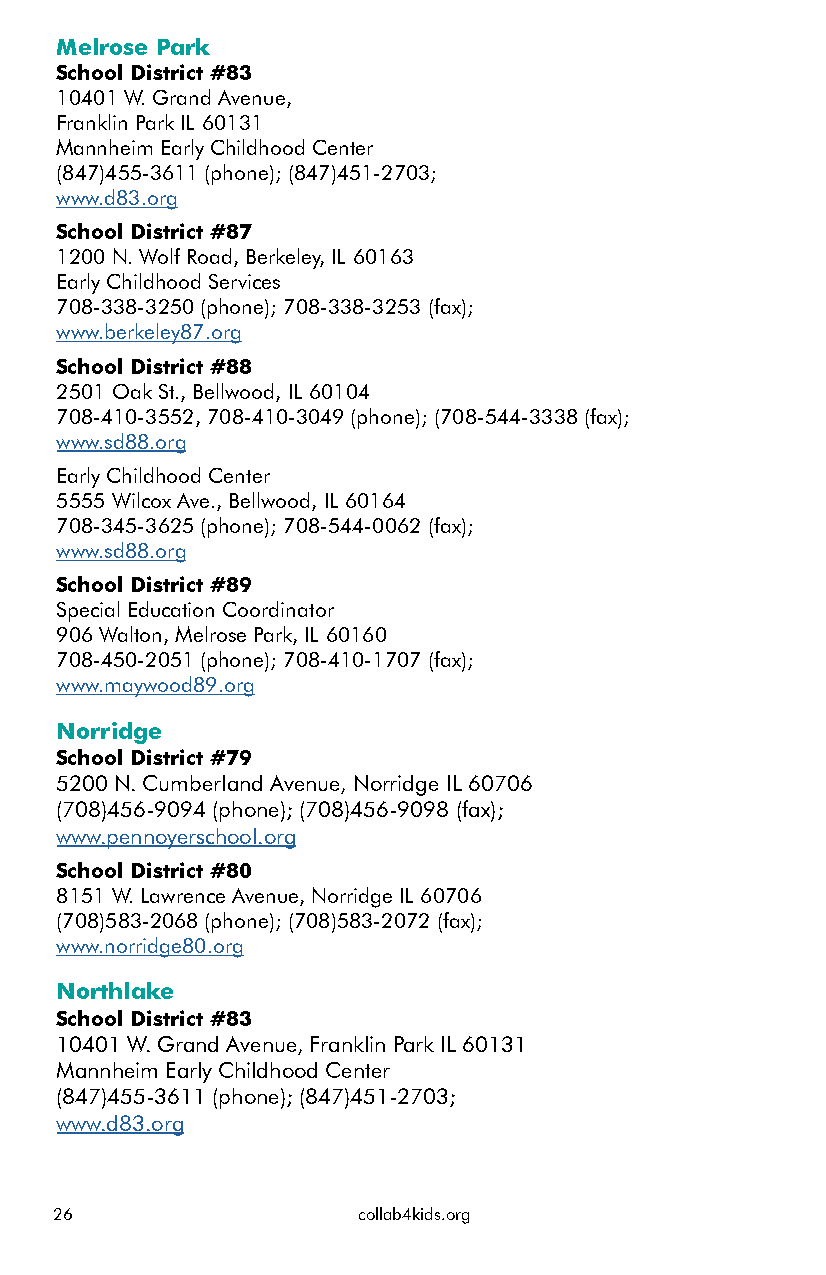
Melrose Park
 School District #83
 10401 W. Grand Avenue,
 Franklin Park IL 60131
 Mannheim Early Childhood Center
 (847)455-3611 (phone); (847)451-2703;
 www.d83.org
 School District #87
 1200 N. Wolf Road, Berkeley, IL 60163
 Early Childhood Services
 708-338-3250 (phone); 708-338-3253 (fax);
 www.berkeley87.org
 School District #88
 2501 Oak St., Bellwood, IL 60104
 708-410-3552, 708-410-3049 (phone); (708-544-3338 (fax);
 www.sd88.org
 Early Childhood Center
 5555 Wilcox Ave., Bellwood, IL 60164
 708-345-3625 (phone); 708-544-0062 (fax);
 www.sd88.org
 School District #89
 Special Education Coordinator
 906 Walton, Melrose Park, IL 60160
 708-450-2051 (phone); 708-410-1707 (fax);
 www.maywood89.org
 Norridge
 School District #79
 5200 N. Cumberland Avenue, Norridge IL 60706
 (708)456-9094 (phone); (708)456-9098 (fax);
 www.pennoyerschool.org
 School District #80
 8151 W. Lawrence Avenue, Norridge IL 60706
 (708)583-2068 (phone); (708)583-2072 (fax);
 www.norridge80.org
 Northlake
 School District #83
 10401 W. Grand Avenue, Franklin Park IL 60131
 Mannheim Early Childhood Center
 (847)455-3611 (phone); (847)451-2703;
 www.d83.org
 26                  collab4kids.org